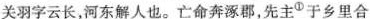
关羽字云长，河东解人也。亡命奔涿郡，先主^①于乡里合